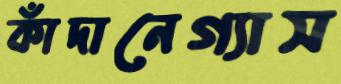
কাঁদানেগ্যাস